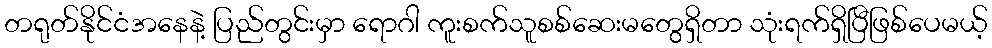
တရုတ်နိုင်ငံအနေနဲ့ ပြည်တွင်းမှာ ရောဂါ ကူးစက်သူစစ်ဆေးမတွေရှိတာ သုံးရက်ရှိပြီဖြစ်ပေမယ့်